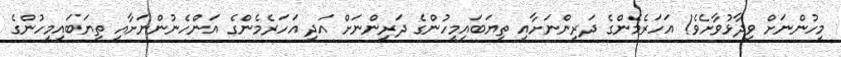
މީހުންނަށް ވިދާޅުވާށެވެ! އަހަރެމެންގެ ދަރިންނަށާއި ތިޔަބައިމީހުންގެ ދަރިންނަށް އަދި އަހަރެމެންގެ އަންހެނުންނަށާއި ތިޔަބައިމީހުންގެ